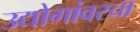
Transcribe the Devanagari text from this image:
उद्योगांवरचा